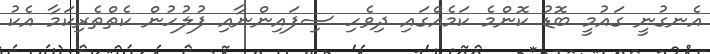
އެނގުނީ ގައުމީ ބޮޑު ކޮންމެ ކަމެއްގައި ދިވެހި ސިފައިންނާއި ފުލުހުން ކެތްތެރިކަމާ އެކު